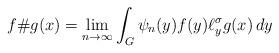
LaTeX: \begin{align*} f \# g(x)= \lim_{n\to\infty} \int_G \psi_n(y)f(y) \ell_y^\sigma g(x) \, dy \end{align*}